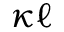
\kappa { \ell }